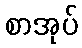
စာအုပ်